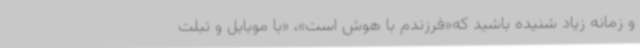
و زمانه زیاد شنیده باشید که«فرزندم با هوش است»، «با موبایل و تبلت